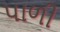
પાળી